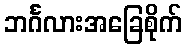
ဘင်္ဂလားအခြေစိုက်